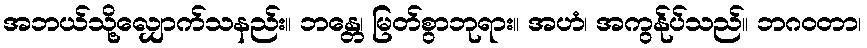
အဘယ်သို့လျှောက်သနည်း။ ဘန္တေ၊ မြတ်စွာဘုရား။ အဟံ၊ အကွန်ုပ်သည်။ ဘဂဝတာ၊